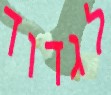
לגדוד